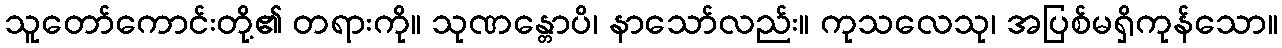
သူတော်ကောင်းတို့၏ တရားကို။ သုဏန္တောပိ၊ နာသော်လည်း။ ကုသလေသု၊ အပြစ်မရှိကုန်သော။